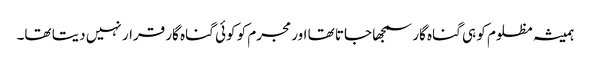
ہمیشہ مظلوم کو ہی گناہ گار سمجھا جاتا تھا اور مجرم کو کوئی گناہ گار قرار نہیں دیتا تھا۔